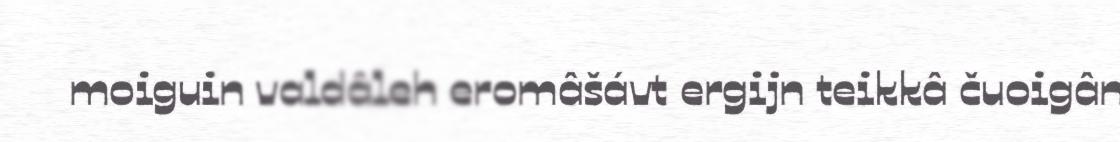
moiguin valdâleh eromâšávt ergijn teikkâ čuoigân